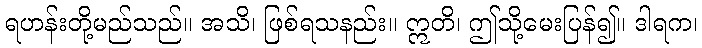
ရဟန်းတို့မည်သည်။ အသိ၊ ဖြစ်ရသနည်း။ ဣတိ၊ ဤသို့မေးပြန်၍။ ဒါရက၊